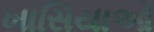
ખાસિયાઓ